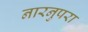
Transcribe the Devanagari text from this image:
नारनुपरा